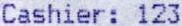
CASHIER: 123